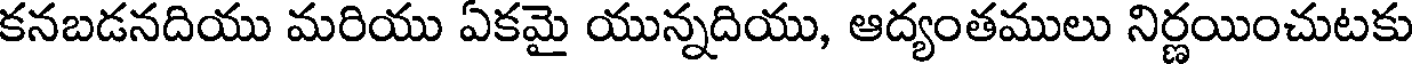
కనబడనదియు మరియు ఏకమై యున్నదియు, ఆద్యంతములు నిర్ణయించుటకు